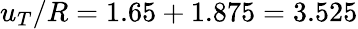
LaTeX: u_{T}/R=1.65+1.875=3.525